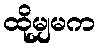
ထိုမျှမက